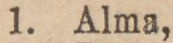
1. Alma,